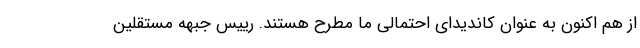
از هم اکنون به عنوان کاندیدای احتمالی ما مطرح هستند. رییس جبهه مستقلین